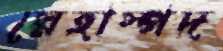
স্নেহাস্পদ